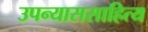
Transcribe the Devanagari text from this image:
उपन्याससाहित्य